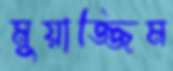
মুয়াজ্জিম